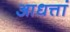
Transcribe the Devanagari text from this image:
आधत्तां